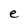
Character: e